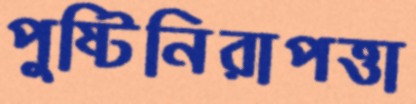
পুষ্টিনিরাপত্তা